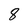
Character: 8